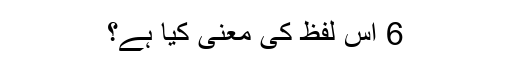
6 اس لفظ کی معنی کیا ہے؟